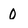
Character: 0